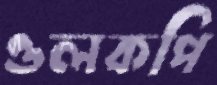
ওলকপি